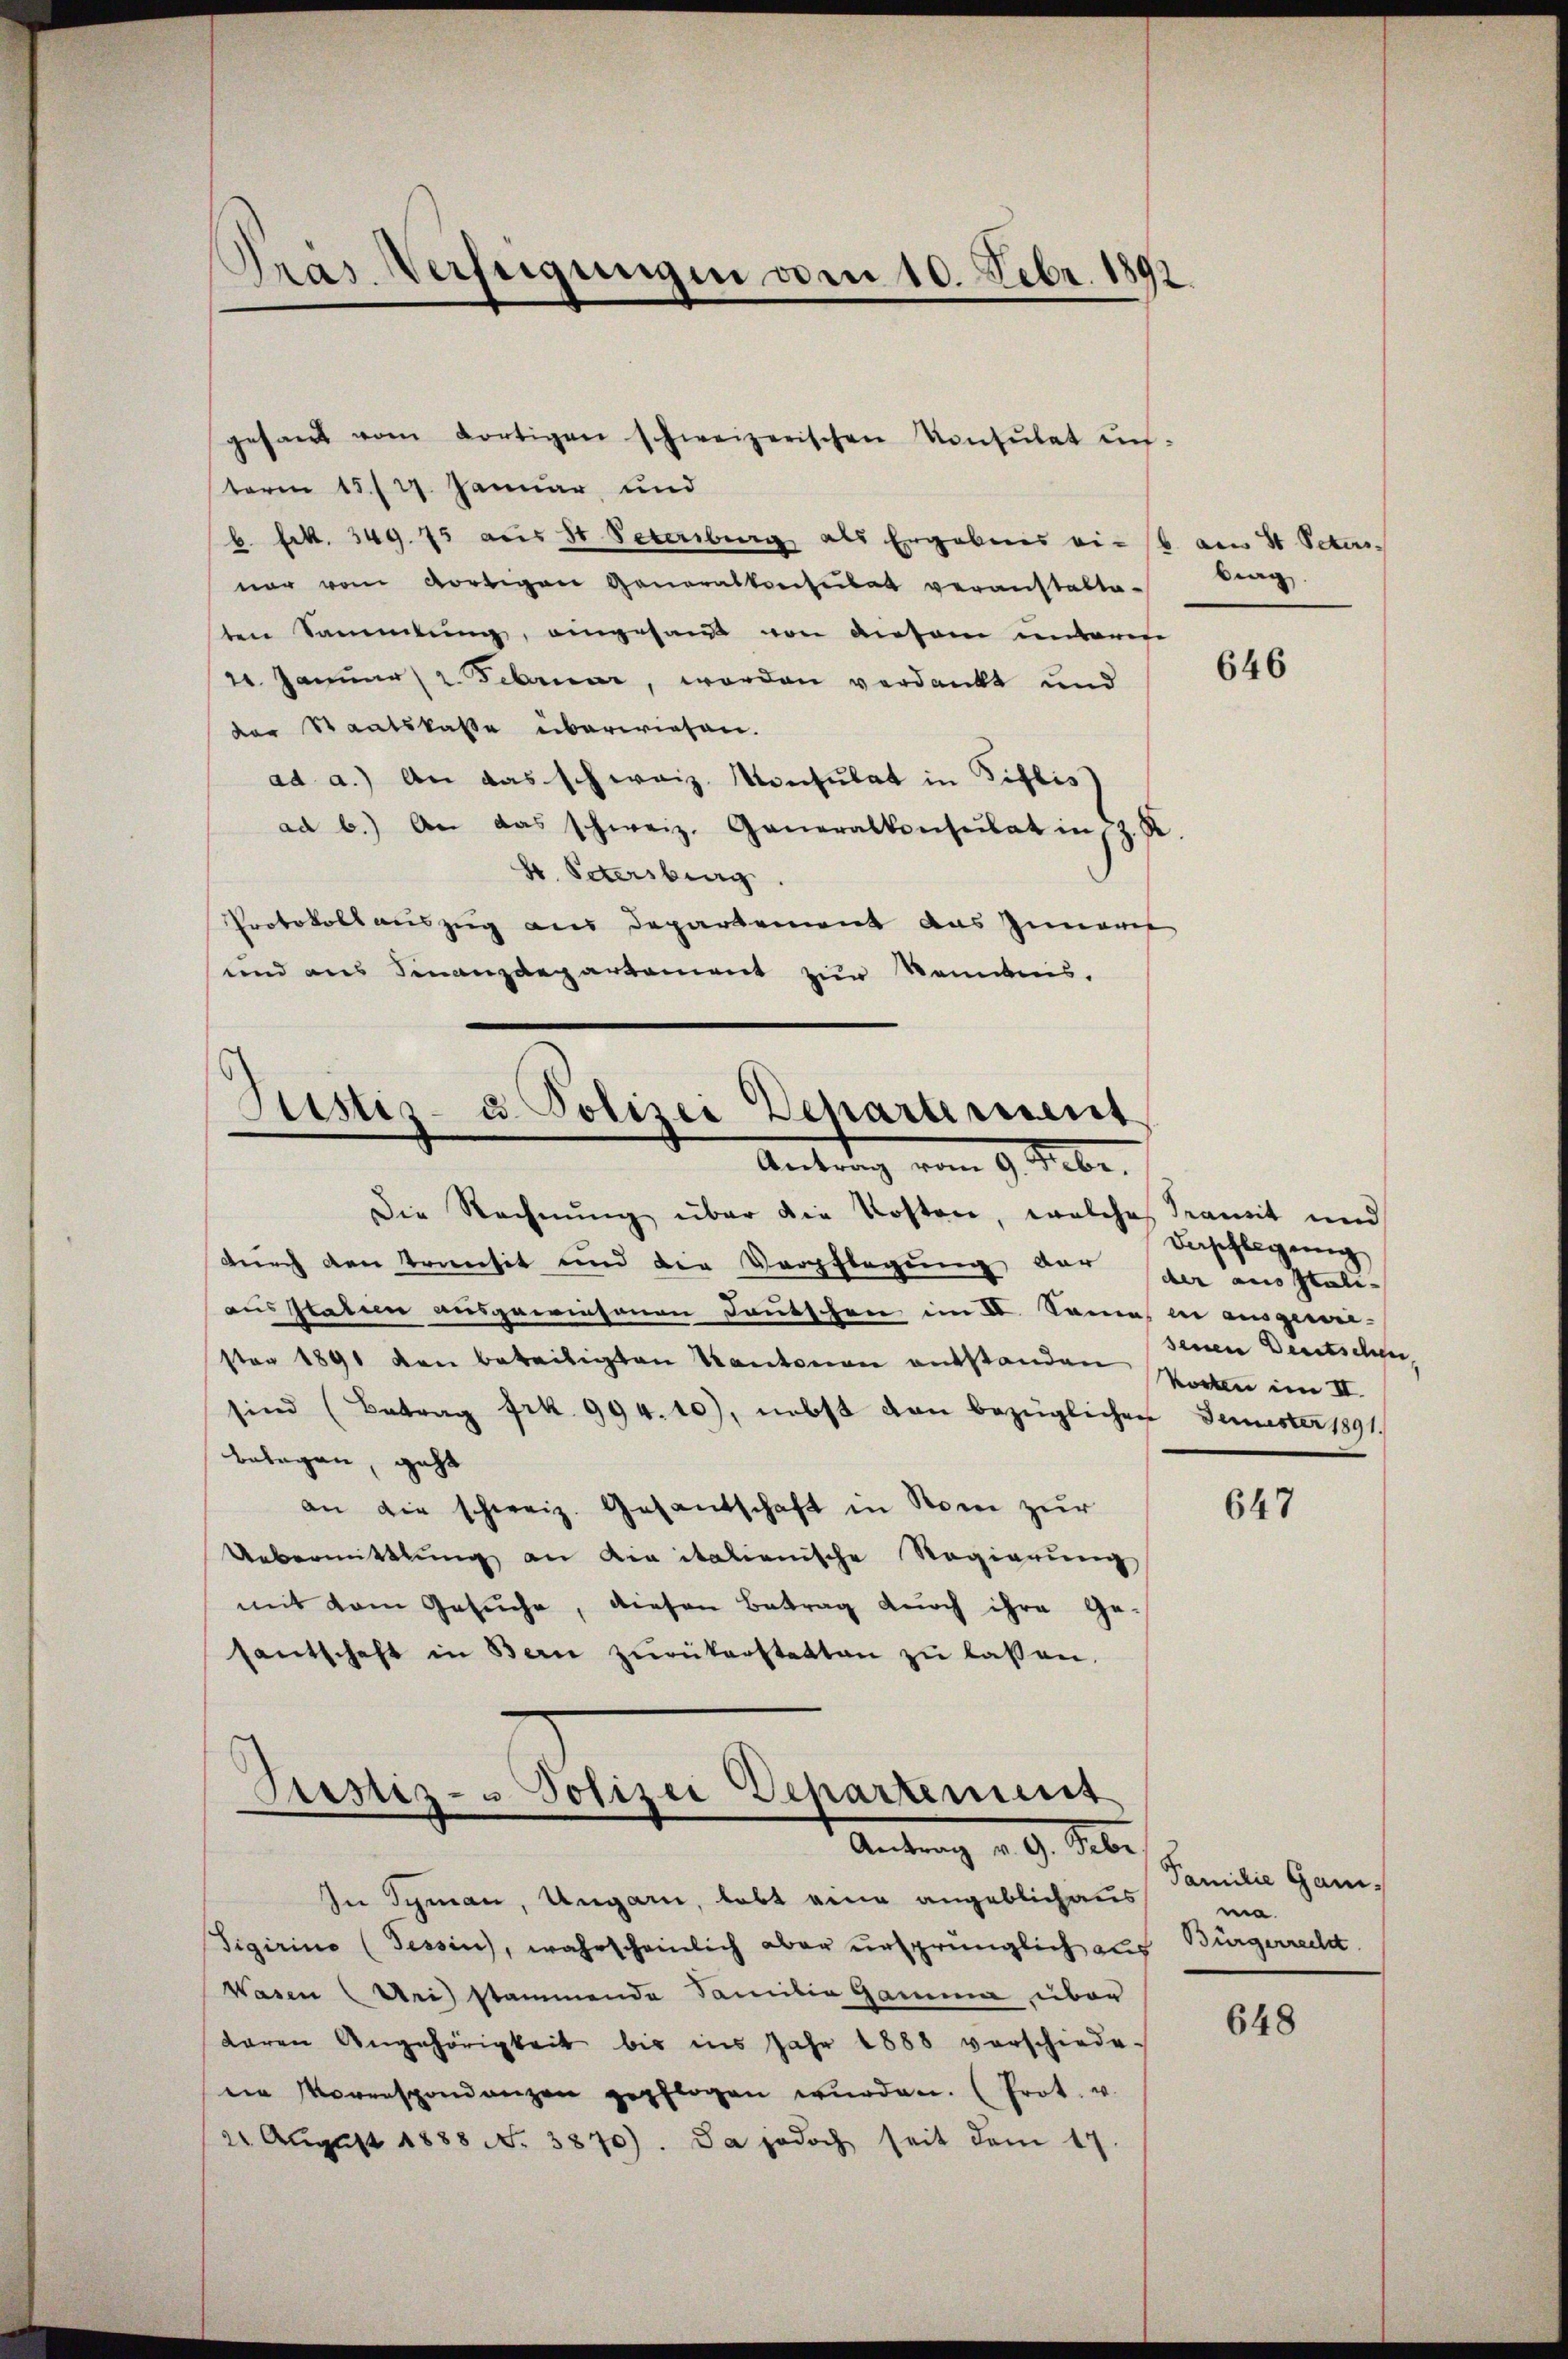
gesand vom dortigen schweizerischen Konsulat un-
term 15./27. Januar und
b. Frk. 349. 75 aus 30 Petersburg als Ergebnis viel am 4 Peters
nur vom dortigen Generalkonsulat veranstalte-
ten Sammlung, eingesandt von diesem unterer
22. Januar 2. Februar, worden verdankt und
der Staatskasse überwiesen.
ad a.) An das schweiz. Konsulat in Tiflis)
ad b.) An das schweiz. Generalkonsulat in sp
b. Petersburg
Protokoll auszug aus Departement das Innern
und aus Finanzdepartement zur Neidnis.

Gras Verfügungen vom 10. Febr. 1892.

Stister- u. Polizei Departement
Antrag vom 9. Febr.

Justiz- u Polizei Departement
Antrag v. 9. Sei

In Tyman, Ungarn, lebt eine angeblich aus
Tigirino (Tessin, wahrscheinlich aber ursprünglich aus Bürgerrecht
Wasen drei stammende Familia Gama über
daren Angehörigkeit bis ins Jahr 1888 verschiede-
een Morenspondenzen gepflogen wŭrden. (Prot. u.
22 August 1888 No. 3870). Da jedoch seit dem 17.

Die Rechnŭng über die Kosten, welche Samit und
durch den transit und die Verpflegung der der ausstatiaus staten ausgewiesenen Deutschen im V. Semes in ausgewie-
ston 1891 den beteiligten Kantonen entstanden Worten im III.
sind (Betrag Frk. 994. 10), nebst von bezüglichen Femester 1891.
belegen, geht
an die schweiz. Gesantschaft in Rom zur
Uebermittlung an die italienische Regierung
mit dem Gesuche, diesen Betrag durch ihre Ge-
santschaft in Bern zŭrükerstatten zŭ lassen.

brag

646

Daspflegung
seinen Deutschen

647

Familie Ganma.

648